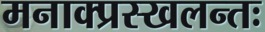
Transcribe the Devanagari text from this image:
मनाक्प्रस्खलन्तः